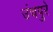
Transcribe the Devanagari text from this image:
उंचपुरे